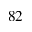
8 2